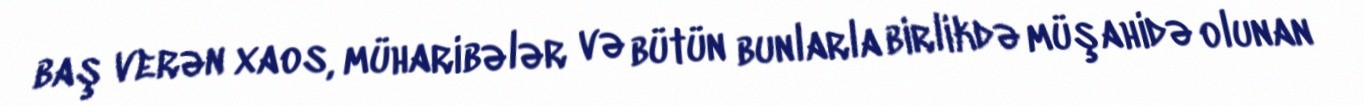
baş verən xaos, müharibələr və bütün bunlarla birlikdə müşahidə olunan